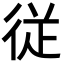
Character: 従